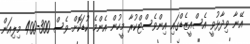
އޭނާ ވިދާޅުވީ އެސްއީޒެޑްގައި އިންވެސްޓްކުރާ މީހުން އެންމެ ކުޑަކޮށް ވެސް 300-400 މިލިއަން